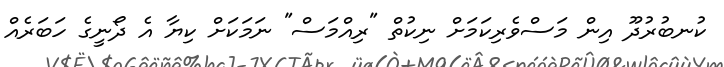
ކުނބުރުދޫ އިން މަސްވެރިކަމަށް ނިކުތް "ރިއްމަސް" ނަމަކަށް ކިޔާ އެ ދޯނީގެ ހަބަރެއް